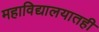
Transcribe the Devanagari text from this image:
महाविद्यालयातही